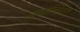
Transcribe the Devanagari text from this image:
क्वान्टिटी